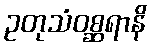
ဥတုသံဝစ္ဆရာနိ